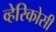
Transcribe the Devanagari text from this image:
व्हेरिकोसी